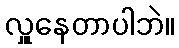
လှူနေတာပါဘဲ။